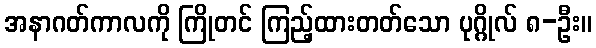
အနာဂတ်ကာလကို ကြိုတင် ကြည့်ထားတတ်သော ပုဂ္ဂိုလ် ၈-ဦး။